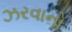
ઝરવાનો